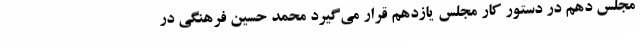
مجلس دهم در دستور کار مجلس یازدهم قرار می‌گیرد محمد حسین فرهنگی در